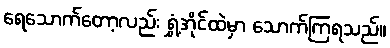
ရေသောက်တော့လည်း ရွှံ့အိုင်ထဲမှာ သောက်ကြရသည်။